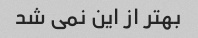
بهتر از این نمی شد